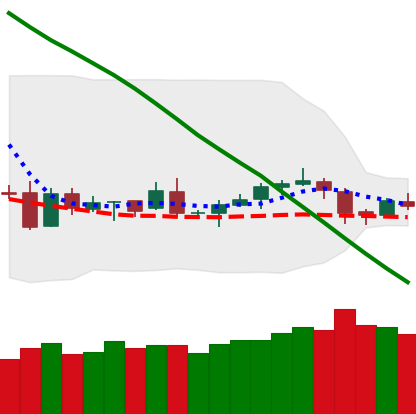
Ticker: LTC-USD
Chart end date: 2019-01-31
Forward return: 8.228%
Label: up_7plus